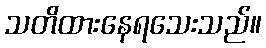
သတိထားနေရသေးသည်။